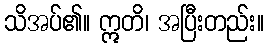
သိအပ်၏။ ဣတိ၊ အပြီးတည်း။